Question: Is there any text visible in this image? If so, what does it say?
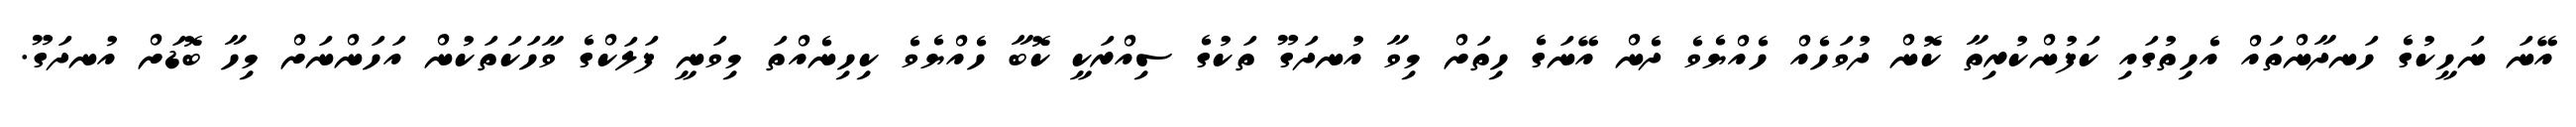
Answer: އޭނަ ނަހީކުގެ ހަނދާންތައް އެހިތުގައި ކަފުންކުރިތާ ކޮން ދުވަހެއް ހެއްޔެވެ ދެން އޭނަގެ ހިތަށް މިވާ އުނދަގޫ ތަކުގެ ސިއްރަކީ ކޮބާ ހެއްޔެވެ ކިހިނެއްތަ މިވަނީ ފަލަކްގެ ވާހަކަތަކުން އަހަންނަށް މިހާ ބޮޑަށް އުނދަގޫ.